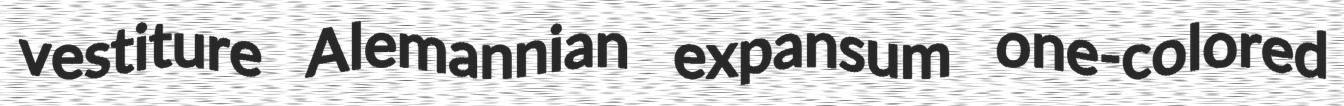
vestiture Alemannian expansum one-colored